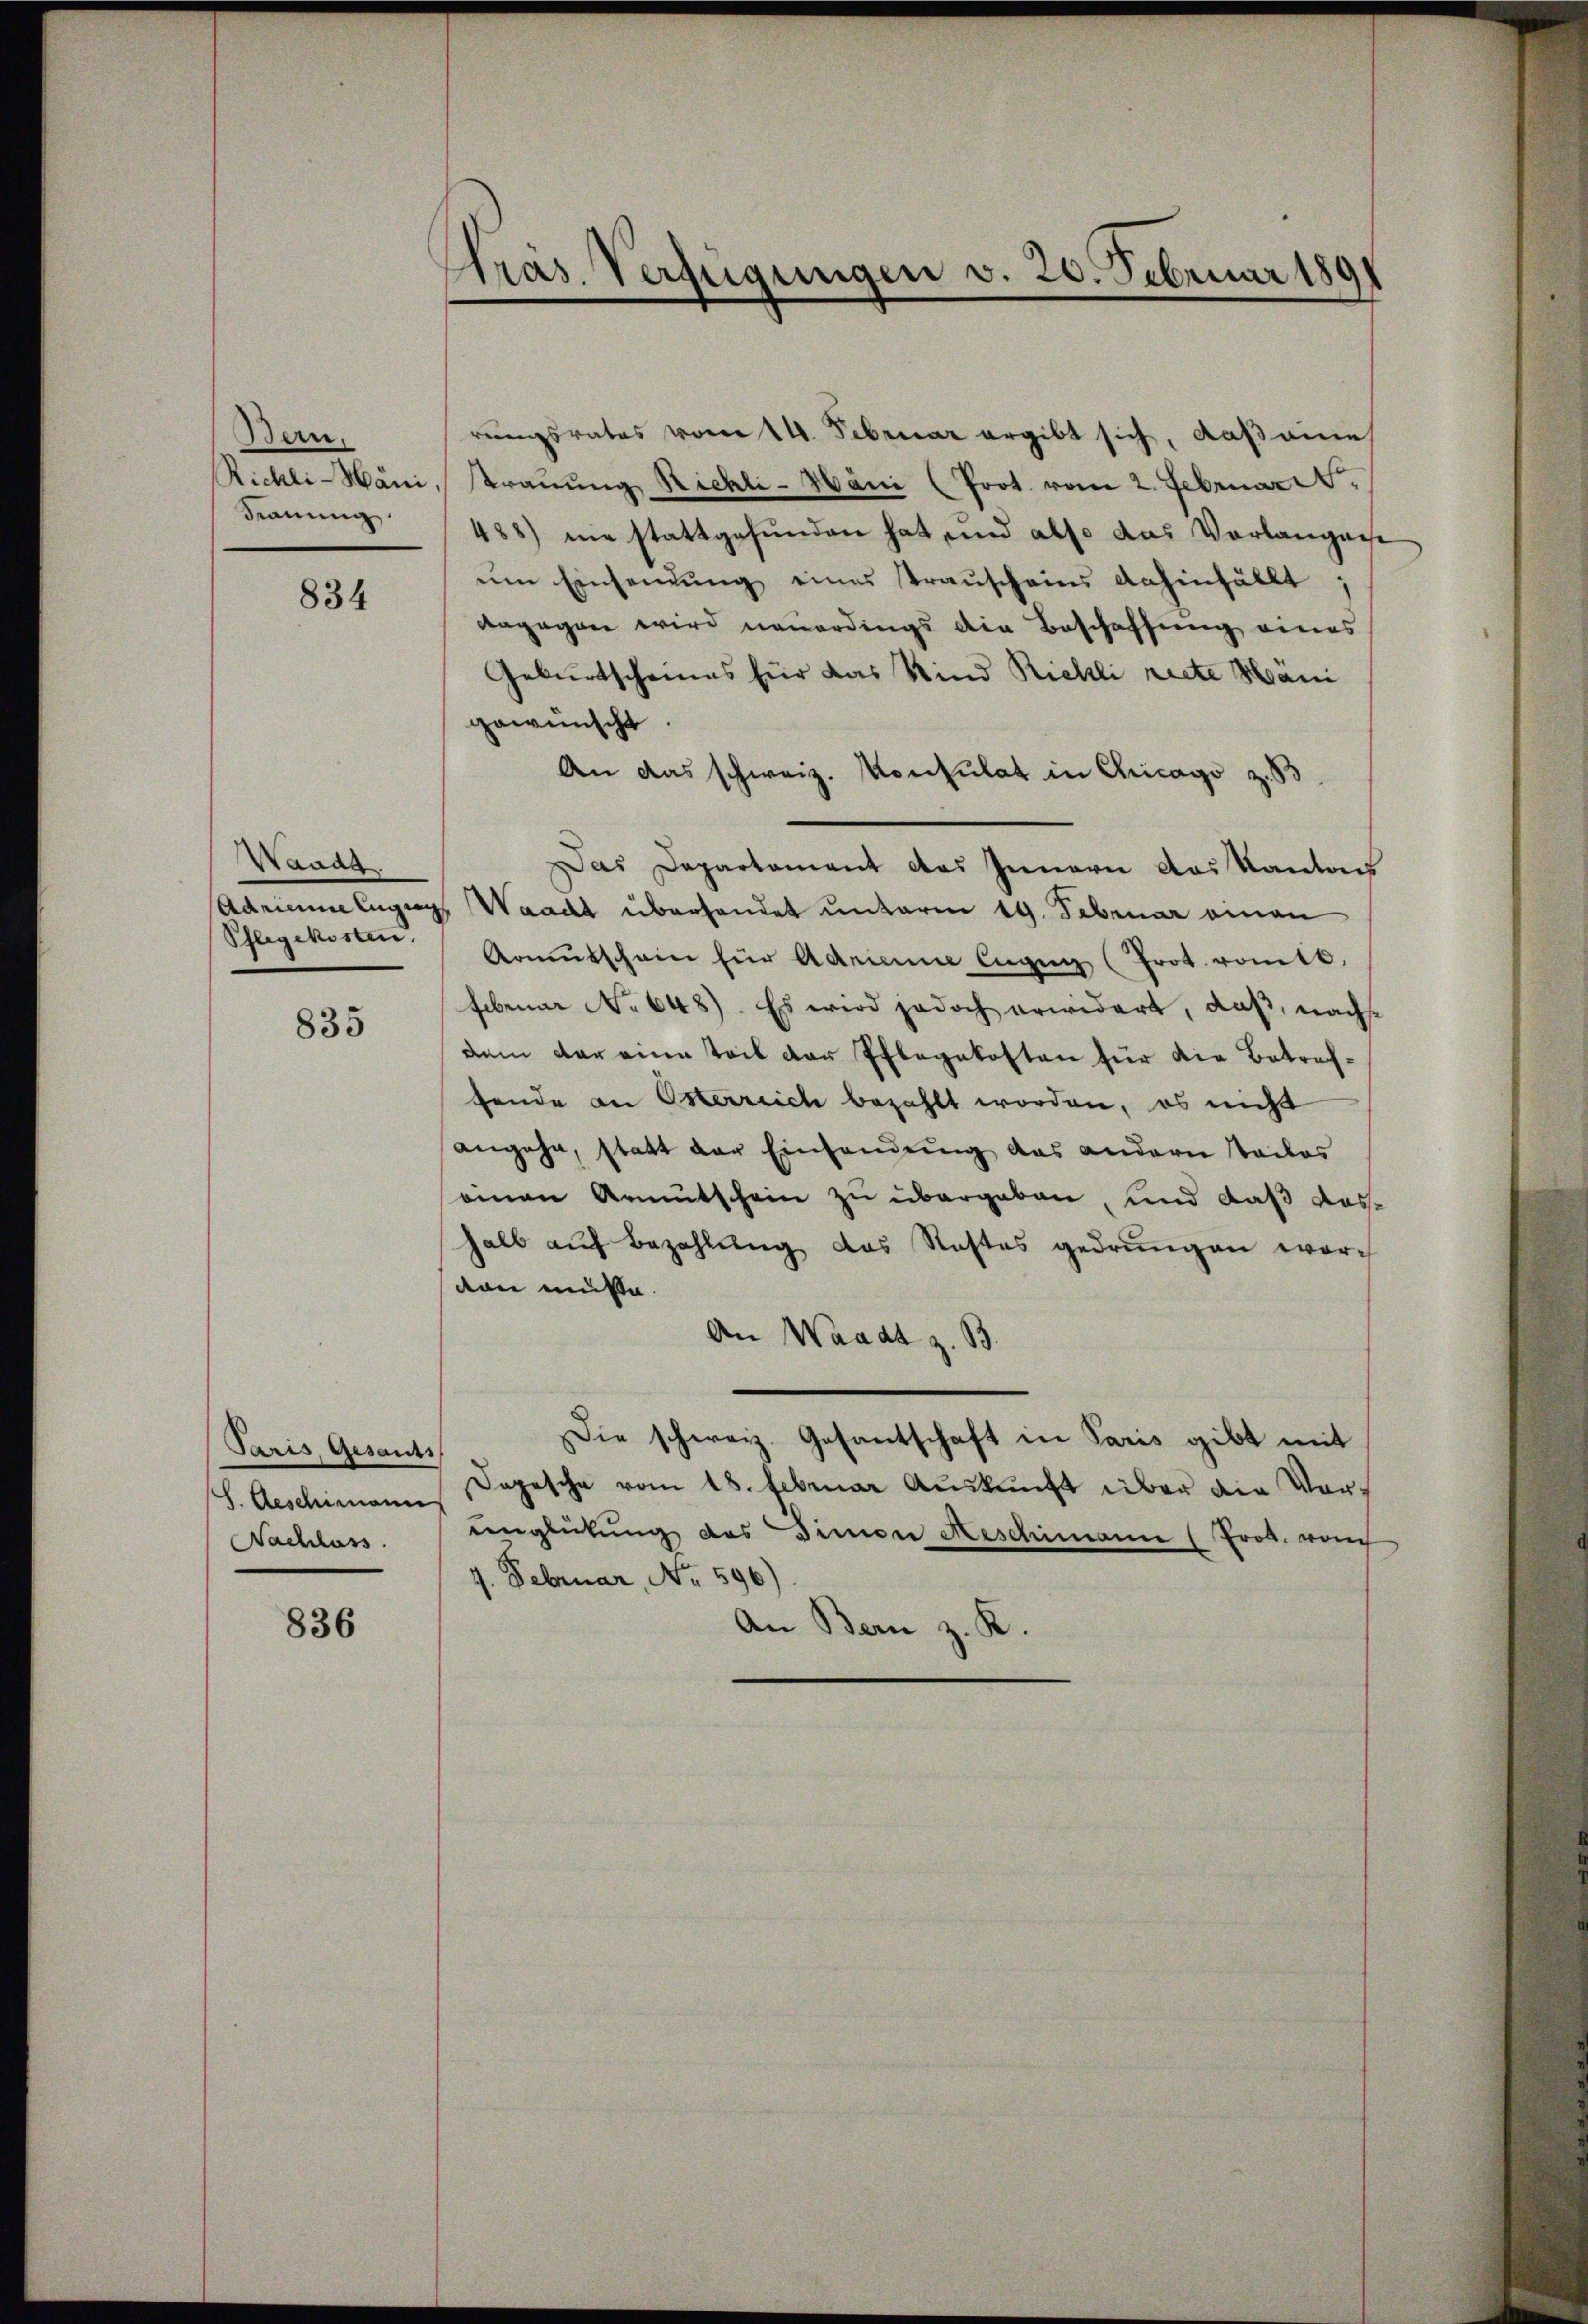
Ban.
Kauung.

834

Havan
Schlegekosten.

835

Paris, Gesants
Nachlass

836

Präs. Verfügungen v. 20. Februar 1891

rungsrates vom 14. Februar ergibt sich, daß eine
Richti-Häni, Trauung Richli-Häni (Prot. vom 2. Februar
488) nie stattgefunden hat und also das Vorlangeis
ŭm Einsamung eines Trauscheins dahinfällt
dagegen wird neuerdings die Beschaffung eines
Geburtscheines für das Kind Richli recte Häni
gewünscht.
An das schweiz. Konsulat in Chicago z. B
Das Departament des Innern das Kantons
Adrianne Eigen Waadt überhandet unterm 19. Februar einen
Armŭtschein für Adrianne Eigen (Prot. romtb.
Februar No 648). Es wird jedoch erwidert, daβ nachs
dem der eine Teil der Pflegekosten für die Betreffende an Osterreich bezahlt worden, es nicht
angehe, statt der Einsendung das andern Teiles
seinen Armutschein zu übergeben, und daß dashalb aŭf Bezahlŭng des Stattes gedrungen wor-
den müsse
An Waadt z. B.
Die schweiz. Gesantschaft in Paris gibt mit
S. Aeschimann Depesche vom 18. Februar Aŭskŭnft über die Vorunglückung des Simon Reschimann (Prod. rauch
7. Februar, No. 596)
An Bern z. K.